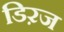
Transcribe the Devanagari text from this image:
डिऱज